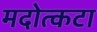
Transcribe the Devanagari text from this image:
मदोत्कटा